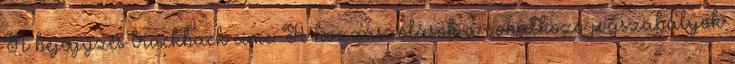
A bejegyzés trackback címe: A hozzászólások a vonatkozó jogszabályok